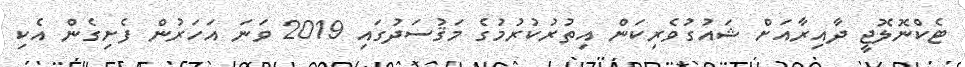
ޓެކްނޮލޮޖީ ދާއިރާއަށް ޝައުގުވެރިކަން އިތުރުކުރުމުގެ މަޤުސަދުގައި 2019 ވަނަ އަހަރުން ފެށިގެން އެކި